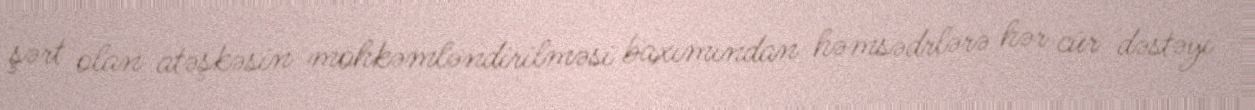
şərt olan atəşkəsin möhkəmləndirilməsi baxımından həmsədrlərə hər cür dəstəyi